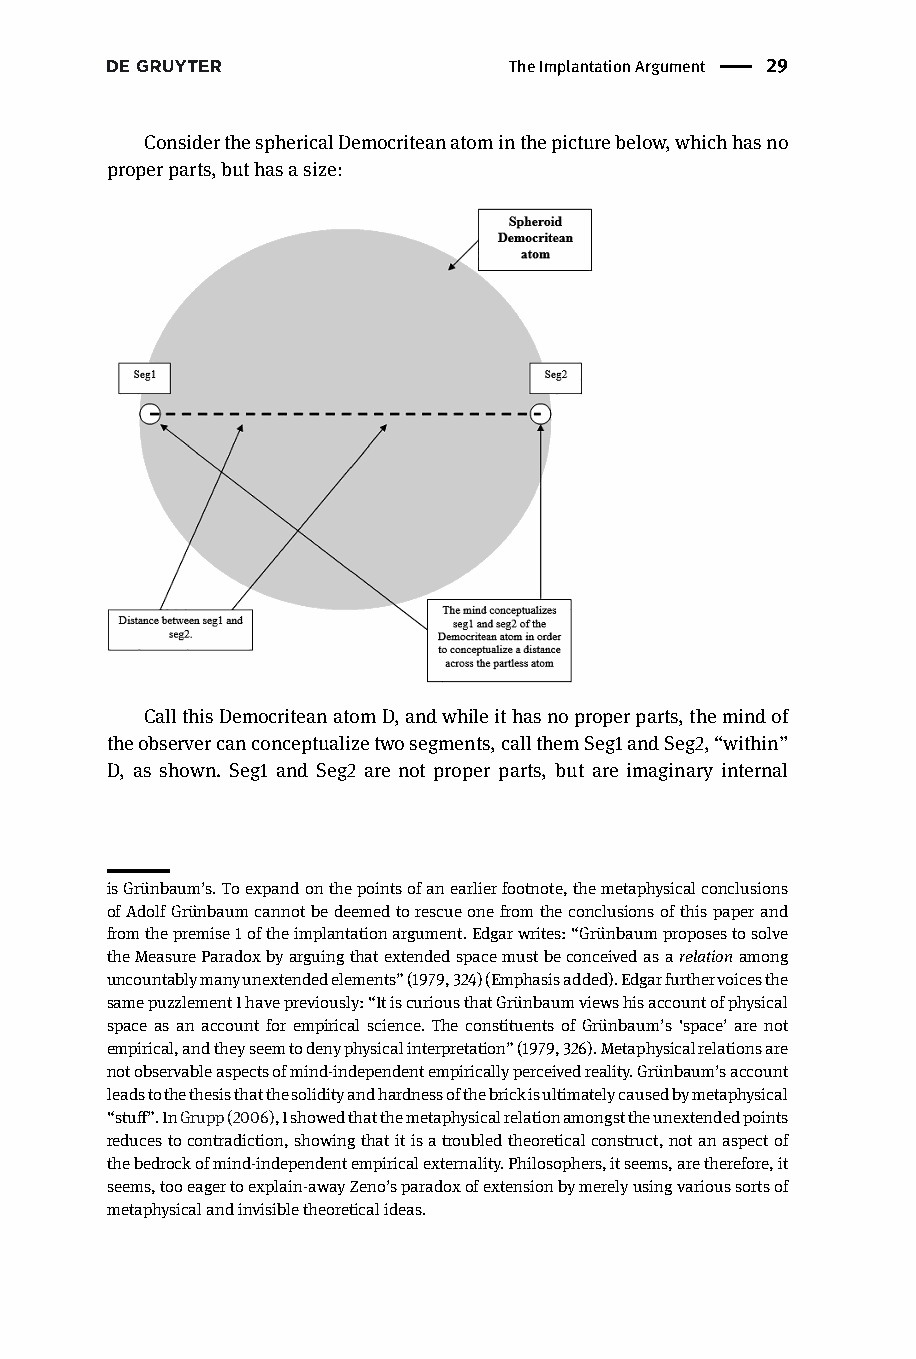
TheImplantationArgument | 29
 ConsiderthesphericalDemocriteanatominthepicturebelow,whichhasno
 properparts,buthasasize:
 CallthisDemocriteanatomD,andwhileithasnoproperparts,themindof
 theobservercanconceptualizetwosegments,callthemSeg1andSeg2,“within”
 D, as shown. Seg1 and Seg2 are not proper parts, but are imaginary internal
 isGrünbaum’s.Toexpandonthepointsofanearlierfootnote,themetaphysicalconclusions
 ofAdolfGrünbaumcannotbedeemedtorescueonefromtheconclusionsofthispaperand
 fromthepremise1oftheimplantationargument.Edgarwrites:“Grünbaumproposestosolve
 theMeasureParadoxbyarguingthatextendedspacemustbeconceivedasarelationamong
 uncountablymanyunextendedelements”(1979,324)(Emphasisadded).Edgarfurthervoicesthe
 samepuzzlementIhavepreviously:“ItiscuriousthatGrünbaumviewshisaccountofphysical
 space as an account for empirical science. The constituents of Grünbaum’s ‘space’ are not
 empirical,andtheyseemtodenyphysicalinterpretation”(1979,326).Metaphysicalrelationsare
 notobservableaspectsofmind-independentempiricallyperceivedreality.Grünbaum’saccount
 leadstothethesisthatthesolidityandhardnessofthebrickisultimatelycausedbymetaphysical
 “stuff”.InGrupp(2006),Ishowedthatthemetaphysicalrelationamongsttheunextendedpoints
 reducestocontradiction,showingthatitisatroubledtheoreticalconstruct,notanaspectof
 thebedrockofmind-independentempiricalexternality.Philosophers,itseems,aretherefore,it
 seems,tooeagertoexplain-awayZeno’sparadoxofextensionbymerelyusingvarioussortsof
 metaphysicalandinvisibletheoreticalideas.